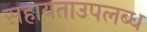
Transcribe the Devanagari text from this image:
सहायताउपलब्ध